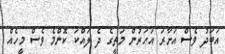
އަބަދު ވެސް އަށާރަ އަހަރުން މަތީގެ ދެ ލައްކަ ކޮންމެ ވެސް މީހެއް